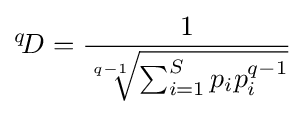
{}^{q}\!D={1 \over {\sqrt[{q-1}]{\sum _{i=1}^{S}p_{i}p_{i}^{q-1}}}}